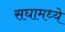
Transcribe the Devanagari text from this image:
सघामध्ये